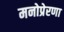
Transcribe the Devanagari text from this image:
मनोप्रेरणा